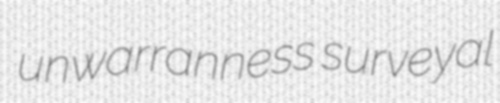
unwarranness surveyal